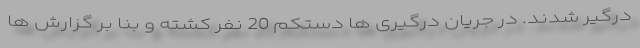
درگیر شدند. در جریان درگیری ها دستکم 20 نفر کشته و بنا بر گزارش ها